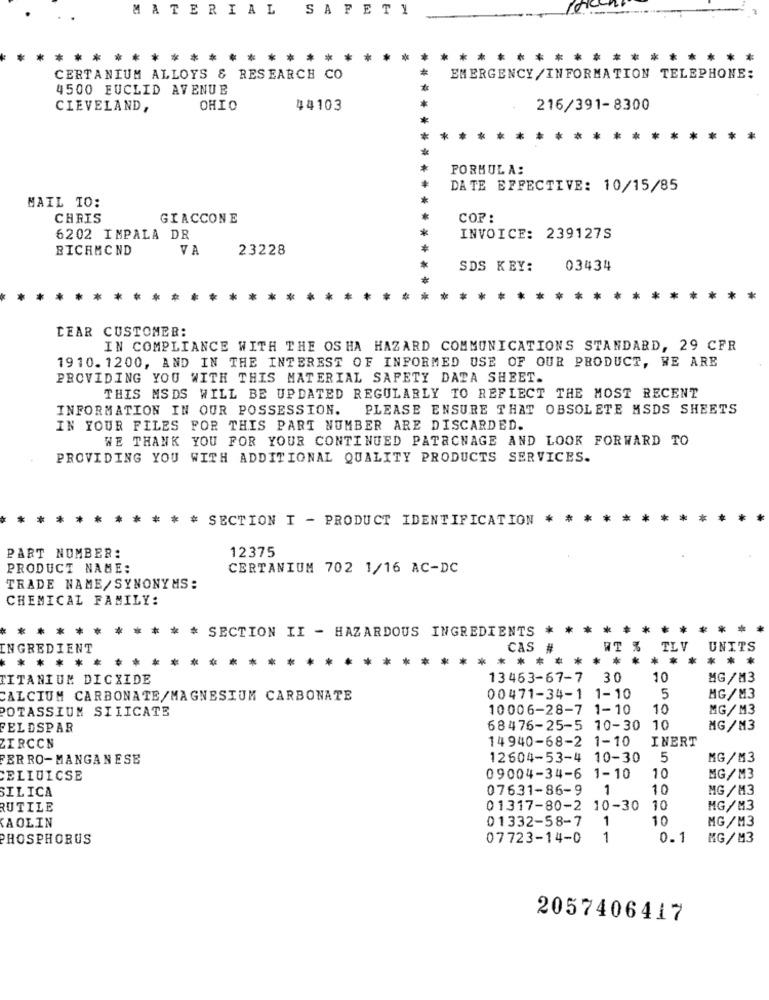
MATERIAL SAFETY
* * *
* *
CERTANIUM ALLOYS & RESEARCH CO
EMERGENCY/INFORMATION TELEPHONE:
4500 EUCLID AVENUE
CLEVELAND,
OHIO
44103
216/391-8300
FORMULA:
DATE EFFECTIVE: 10/15/85
MAIL TO:
CHRIS
GIACCONE
COP :
6202 IMPALA DR
INVOICE: 239127S
RICHMOND
VA
23228
SDS KEY:
03434
* *
*
DEAR CUSTOMER:
IN COMPLIANCE WITH THE OS HA HAZARD COMMUNICATIONS STANDARD, 29 CFR
1910. 1200, AND IN THE INTEREST OF INFORMED USE OF OUR PRODUCT, WE ARE
PROVIDING YOU WITH THIS MATERIAL SAFETY DATA SHEET.
THIS MSDS WILL BE UPDATED REGULARLY TO REFLECT THE MOST RECENT
INFORMATION IN OUR POSSESSION.
PLEASE ENSURE THAT OBSOLETE MSDS SHEETS
IN YOUR FILES FOR THIS PART NUMBER ARE DISCARDED.
WE THANK YOU FOR YOUR CONTINUED PATACNAGE AND LOOK FORWARD TO
PROVIDING YOU WITH ADDITIONAL QUALITY PRODUCTS SERVICES.
* * SECTION I - PRODUCT IDENTIFICATION * *
12375
PART NUMBER:
PRODUCT NAME:
CERTANIUM 702 1/16 AC-DC
TRADE NAME/SYNONYMS:
CHEMICAL FAMILY:
****
*
SECTION II - HAZARDOUS INGREDIENTS
*
****
***
** **
INGREDIENT
CAS #
WT %
TLV
UNITS
* *****
* **
*** ********
TITANIUM DICXIDE
13463-67-7 30
10
MG /M3
CALCIUM CARBONATE/MAGNESIUM CARBONATE
00471-34-1 1-10
5
MG/M3
POTASSIUM SILICATE
10006-28-7 1-10
10
MG/M3
FELDSPAR
68476-25-5 10-30 10
MG/M3
14940-68-2 1-10
INERT
ZIRCON
FERRO-MANGANESE
12604-53-4 10-30
5
MG/M3
ELLUICSE
09004-34-6 1-10
10
MG/ M3
SILICA
07631-86-9
1
10
MG /M3
RUTILE
01317-80-2 10-30
10
MG/M3
01332-58-7
1
10
MG/M3
CAOLIN
PHOSPHORUS
07723-14-0
1
0.1
MG/M3
2057406417